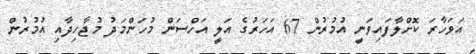
އަވަހާރަ ކޮށްލާފައިވަނީ އުމުރުން 67 އަހަރުގެ އަލީ އަހްސަން މުހަންމަދު މުޖާހިދާއި އުމުރުން